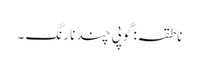
ناطقہ: گوپی چند نارنگ ۔